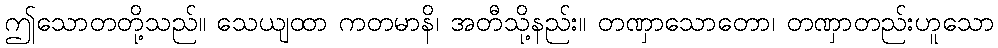
ဤသောတတို့သည်။ သေယျထာ ကတမာနိ၊ အတီသို့နည်း။ တဏှာသောတော၊ တဏှာတည်းဟူသော